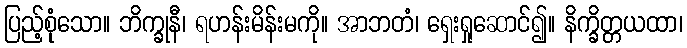
ပြည့်စုုံံသော။ ဘိက္ခုနီ၊ ရဟန်းမိန်းမကို။ အာဘတံ၊ ရှေးရှုဆောင်၍။ နိက္ခိတ္တယထာ၊